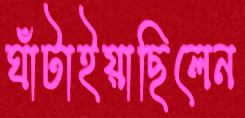
ঘাঁটাইয়াছিলেন